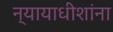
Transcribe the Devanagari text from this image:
न्यायाधीशांना